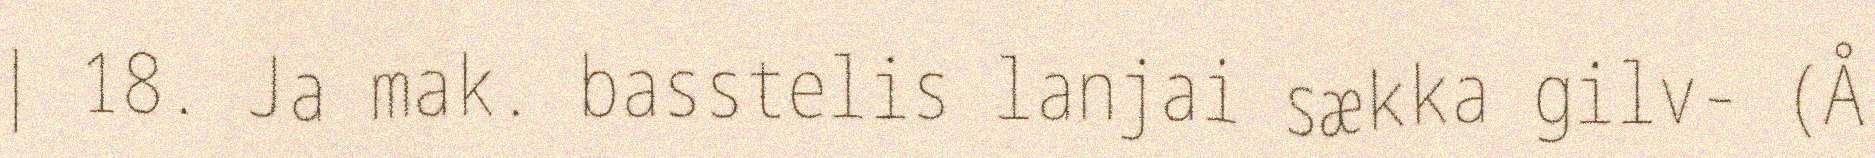
| 18. Ja mak. basstelis lanjai sækka gilv- (Å